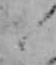
と